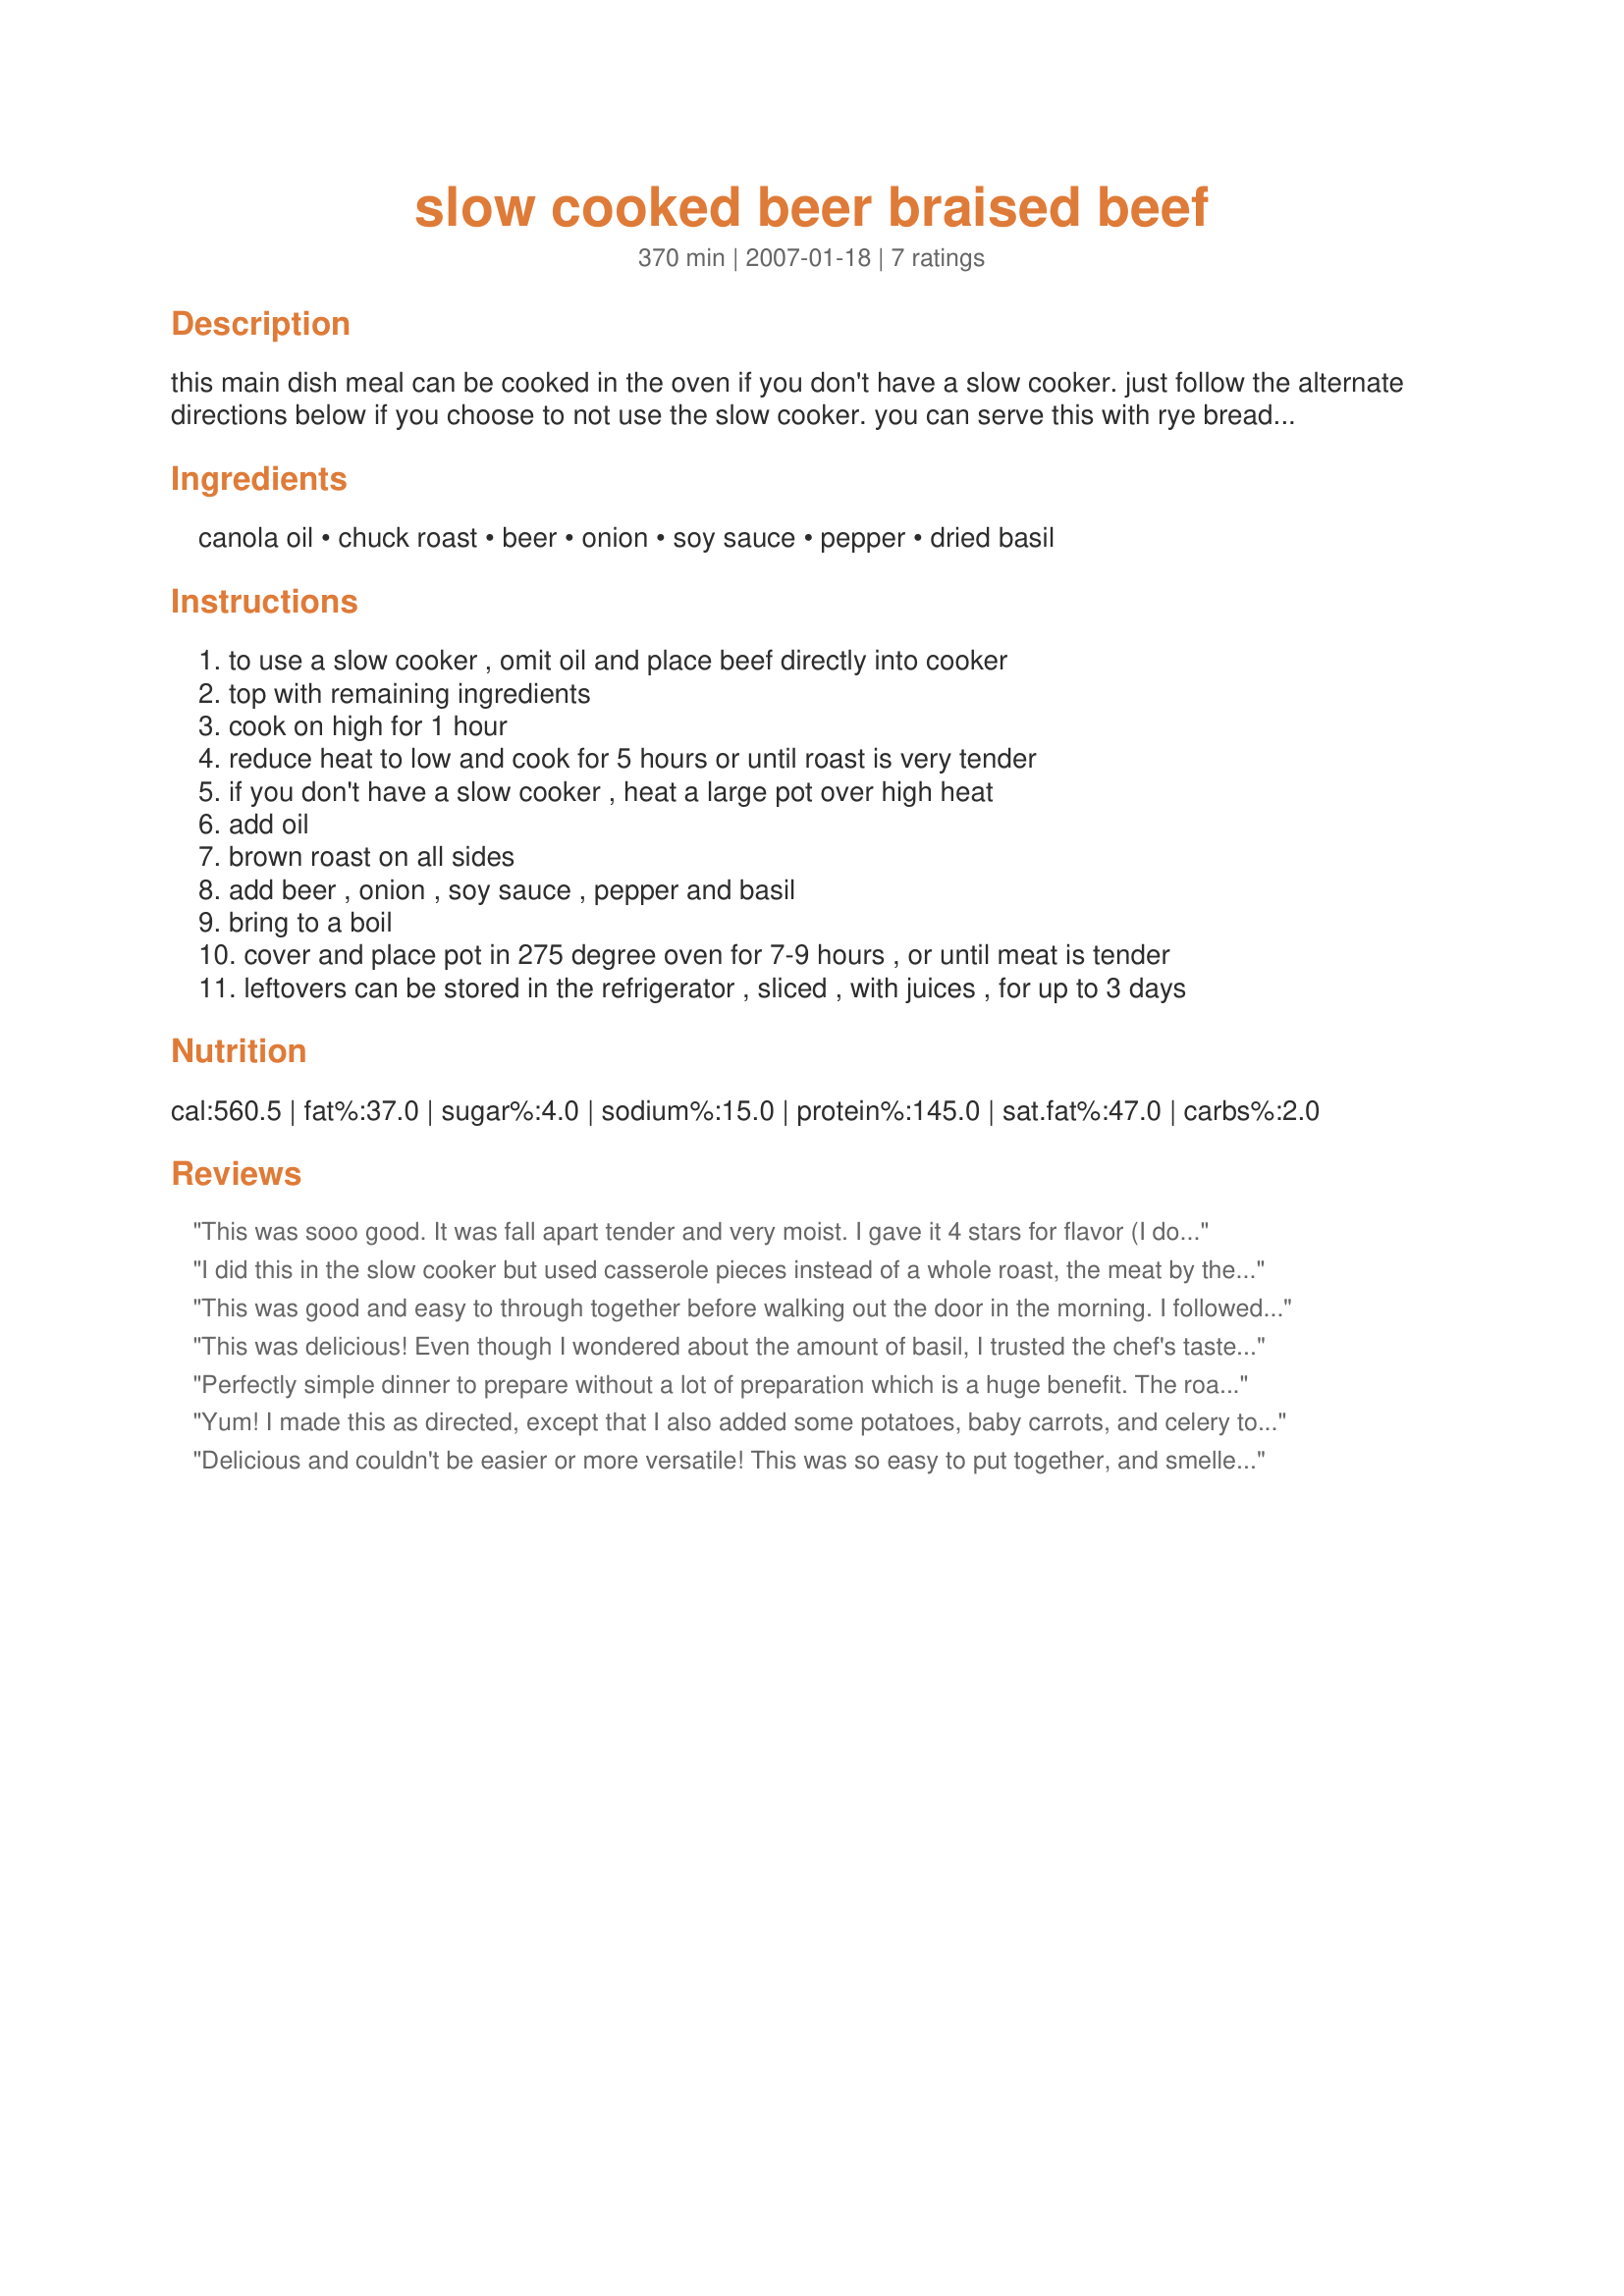
slow cooked beer braised beef
Preparation time: 370 minutes

this main dish meal can be cooked in the oven if you don't have a slow cooker. just follow the alternate directions below if you choose to not use the slow cooker. you can serve this with rye bread to sop up the juices.

Ingredients:
canola oil, chuck roast, beer, onion, soy sauce, pepper, dried basil

Steps:
to use a slow cooker , omit oil and place beef directly into cooker
top with remaining ingredients
cook on high for 1 hour
reduce heat to low and cook for 5 hours or until roast is very tender
if you don't have a slow cooker , heat a large pot over high heat
add oil
brown roast on all sides
add beer , onion , soy sauce , pepper and basil
bring to a boil
cover and place pot in 275 degree oven for 7-9 hours , or until meat is tender
leftovers can be stored in the refrigerator , sliced , with juices , for up to 3 days

Reviews:
This was sooo good. It was fall apart tender and very moist. I gave it 4 stars for flavor (I don't think you can get any higher for pot roast) and 5 stars for simplicity. This required minimum prep work and took only a minute or so to put together. I made and reviewed this for ZWT4. Thanks for posting Lainey.
I did this in the slow cooker but used casserole pieces instead of a whole roast, the meat by the end of cooking was so tender it was just great. I added some canned baby potatoes towards the end of cooking & served it over recipe #241407. My only problem with this was that there wasn't much sauce left by the end of cooking so I would increase the liquid portion by a bit for next time but thanks for a nice simple, great tasting recipe!
This was good and easy to through together before walking out the door in the morning. I followed the recipe exactly as written.
This was delicious! Even though I wondered about the amount of basil, I trusted the chef's taste and used it all. After the roast was fall apart tender (6 hours), I removed some of the juice, blended it with cornstarch & returned it to the pot. I served the roast and gravy with recipe #217633 and hot rolls for a great meal with little effort. Thanks for sharing your recipe!
Perfectly simple dinner to prepare without a lot of preparation which is a huge benefit. The roast was fork tender. The only little change was I added a bit of garlic seasoning to the mix just because we love that flavor. Served with brown rice and veggie mix on the side and it was perfect! Thanks for a great recipe. Tagged in Gimme 5 game.
Yum! I made this as directed, except that I also added some potatoes, baby carrots, and celery to the crockpot. Smelled good, tasted great, and I ended up with a full meal on the table in minutes when it was done. Thanks Lainey for sharing. Made for ZWT8 - Great Britain.
Delicious and couldn't be easier or more versatile! This was so easy to put together, and smelled wonderful while it was cooking in the crockpot. I served it very simply with mashed potatoes, but it could go over noodles or rice, or in a pot pie as well ( I may use the leftovers that way!) Veggies could be added to make a delicious stew too! A real winner! Made for ZWT8
